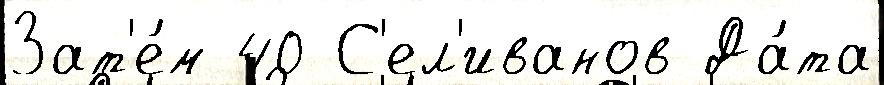
Зат'е́м 40 С'ел'иванов Да́та